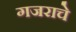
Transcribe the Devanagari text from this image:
गजराचे